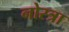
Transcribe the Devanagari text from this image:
नोस्त्रा